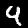
Digit: 9